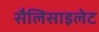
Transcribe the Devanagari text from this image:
सैलिसाइलेट